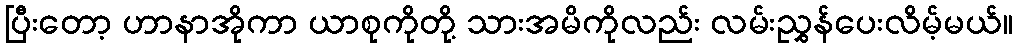
ပြီးတော့ ဟာနာအိုကာ ယာစုကိုတို့ သားအမိကိုလည်း လမ်းညွှန်ပေးလိမ့်မယ်။